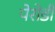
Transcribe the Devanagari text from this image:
पेरोडी